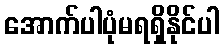
အောက်ပါပုံမရရှိနိုင်ပါ